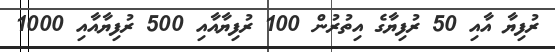
ރުފިޔާ އާއި 50 ރުފިޔާގެ އިތުރުން 100 ރުފިޔާއާއި 500 ރުފިޔާއާއި 1000